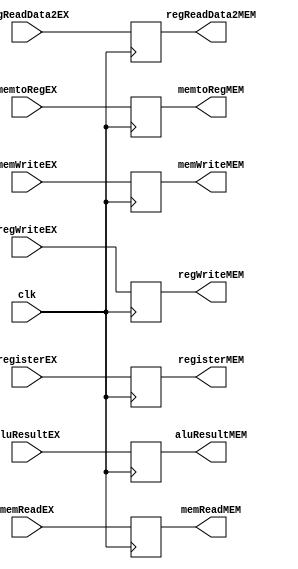
`ifndef MODULE_EX_MEM
`define MODULE_EX_MEM
`timescale 1ns / 1ps

module EX_MEM (
    input               clk,

    input       [31:0]  aluResultEX,
                        regReadData2EX,
    input       [4:0]   registerEX,
    input               memReadEX,
                        memtoRegEX,
                        memWriteEX,
                        regWriteEX,

    output reg  [31:0]  aluResultMEM,
                        regReadData2MEM,
    output reg  [4:0]   registerMEM,
    output reg          memReadMEM,
                        memtoRegMEM,
                        memWriteMEM,
                        regWriteMEM
);

    initial begin
        aluResultMEM    = 32'b0;
        regReadData2MEM = 32'b0;
        registerMEM     = 5'b0;
        memReadMEM      = 1'b0;
        memtoRegMEM     = 1'b0;
        memWriteMEM     = 1'b0;
        regWriteMEM     = 1'b0;
    end

    always @ (posedge clk) begin
        aluResultMEM    <= aluResultEX;
        regReadData2MEM <= regReadData2EX;
        registerMEM     <= registerEX;
        memReadMEM      <= memReadEX;
        memtoRegMEM     <= memtoRegEX;
        memWriteMEM     <= memWriteEX;
        regWriteMEM     <= regWriteEX;
    end

endmodule // EX_MEM

`endif // MODULE_EX_MEM